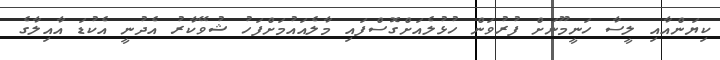
ކިޔަންއާއި ލީސާ ހަނީމޫނަށް ފުރުވަން ހުޅުލެއަށްގޮސްފައި މާލެއައުމަށްފަހު ޝުވޭކާރު އެދުނީ އެކުޑަ އާއިލާގެ